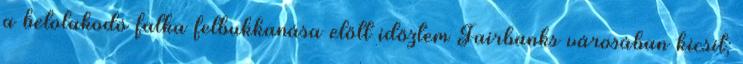
a betolakodó falka felbukkanása előtt időztem Fairbanks városában kicsit;